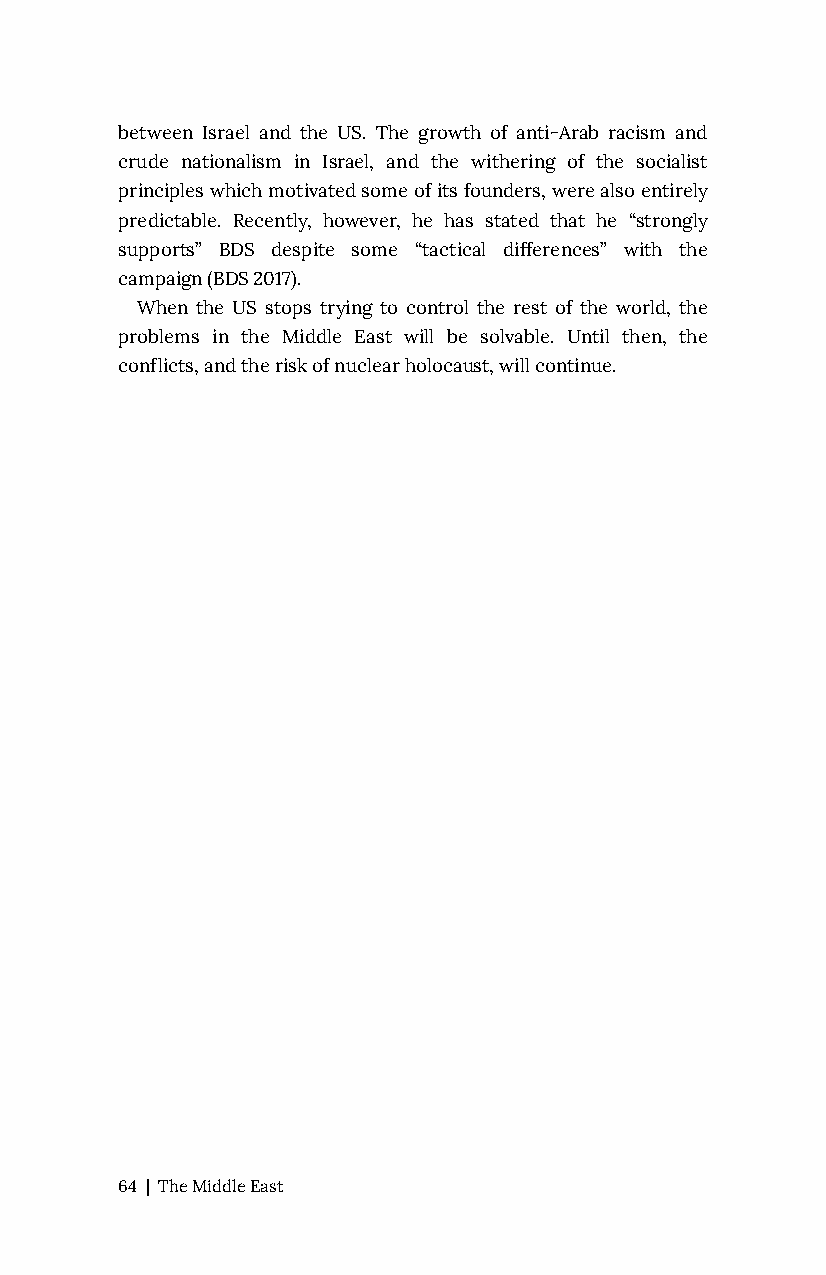
between Israel and the US. The growth of anti-Arab racism and
 crude nationalism in Israel, and the withering of the socialist
 principles which motivated some of its founders, were also entirely
 predictable. Recently, however, he has stated that he “strongly
 supports” BDS despite some “tactical differences” with the
 campaign (BDS 2017).
 When the US stops trying to control the rest of the world, the
 problems in the Middle East will be solvable. Until then, the
 conflicts, and the risk of nuclear holocaust, will continue.
 64 | The Middle East